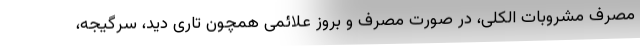
مصرف مشروبات الکلی، در صورت مصرف و بروز علائمی همچون تاری دید، سرگیجه،